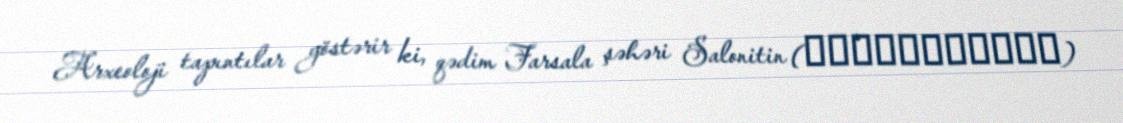
Arxeoloji tapıntılar göstərir ki, qədim Farsala şəhəri Salonitin (Θεσσᾰλιῶτις)